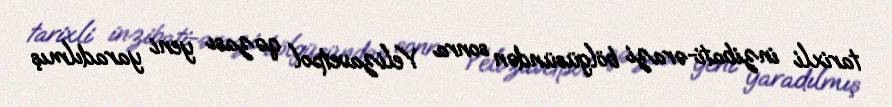
tarixli inzibati-ərazi bölgüsündən sonra Yelizavetpol qəzası yeni yaradılmış